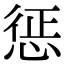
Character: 惩